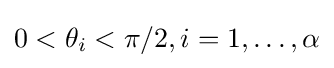
0<\theta _{i}<\pi /2,i=1,\dots ,\alpha